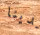
لدينا